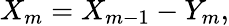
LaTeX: X_{m}=X_{m-1}-Y_{m},